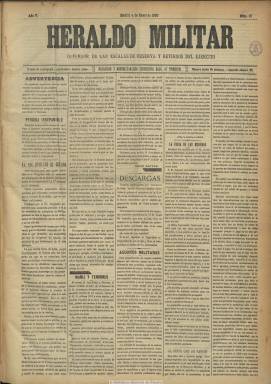
Título: El Heraldo militar (Madrid)
Colección: Fuerzas armadas || Periódicos
Ámbito geográfico: Madrid
Lugar de publicación: Madrid
Fechas: 04/01/1900-21/12/1918

Continuador de El reservista (1892-1896), como “defensor de las escalas de reserva y retirados del Ejército”, forma parte de la prensa española con un doble carácter, por un lado valedor de los intereses corporativistas de la milicia y, por otro, político, que se desarrolla de forma muy controvertida durante la Restauración y que será suprimida definitivamente en 1932 tras los decretos de Manuel Azaña como ministro de la Guerra. En este caso se trata de una publicación en formato periódico, compuesto a cinco columnas y con números de cuatro páginas, que aparecerá dos veces a la semana, después quince veces al mes y que se convertirá en “diario independiente” a partir del dos de noviembre de 1900.

Con la misma estructura que su antecesor, a lo largo de su existencia dará cabida a artículos de opinión, especialmente sobre la situación profesional de las clases a las que defiende, pero también de carácter político, sobre todo en lo que se refiere a las distintas reformas militares que son dictadas a través del ministerio de la Guerra. Ofrece asimismo noticias, prestando atención a los conflictos bélicos y, en particular, a los concernientes al colonialismo español, así como a los tumultos y sucesos de orden público derivados de la lucha del movimiento obrero. También inserta en sus páginas información y crónicas parlamentarias, sobre espectáculos teatrales, y más tarde sobre deportes, como la hípica, o las cotizaciones bursátiles. También dará cuenta del movimiento del personal, nombramientos, fallecimientos, pagas y emolumentos y de la estructura organizativa castrense, así como de la Asociación de las Escalas de Reserva del Ejército. En sus últimas páginas incluirá un folletín literario, que a veces es alguna crónica o relato del frente de batalla del ejército español en las guerras coloniales, y, al final, publicidad comercial. Mantiene secciones que ya tenía El reservista, como la titulada Descargas, así como abundante correspondencia con sus suscriptores. También estampará algunos retratos y fotograbados.

La colección de la Biblioteca Nacional de España (BNE) comienza el cuatro de enero de 1900, cuando su cabecera ya ha perdido el artículo y su director es Manuel Pérez Hernández [Véase nota al pie], que ese mismo año será sustituido por quien venía siendo su redactor-jefe, Ángel Murciano Romero, que había sido director del Colegio Colón, como preparador para el ingreso en la Academia General Militar. Sus administradores serán el capitán Juan Mateos y Manuel Pérez Hernández [Véase nota al pie], habiendo sido este director del periódico El sargento español. Entre sus redactores y colaboradores estuvieron José Muñiz de Quevedo, que ya lo había sido de El reservista, así como José de Siles (1856-1911), Manuel Suárez García (hasta 1903), José Larrea y Clemente C. Toral, advirtiéndose que, como la restante prensa militar-política, muchos de sus textos serán firmados con seudónimo.

Desde septiembre de 1913 el periódico pasará a pertenecer a una nueva empresa, que nombrará director  a Domingo Álvarez, que había sido anteriormente director del diario Ejército y Armada (1905-1932) y que era considerado un prestigioso periodista de este género de prensa. Y a partir de aquí Heraldo Militar será un “diario independiente de la tarde”, aumentando su carácter noticioso y separando su información militar de la política.

Se ha dicho de este periódico que fue uno de los más moderados de su género, con una tendencia a evitar cualquier tipo de enfrentamiento político. Se declaró “defensor de los que padecen persecución de los egoísmos” y de los “desheredados”, en referencia a las clases militares de las que se consideraba portavoz, pero no reparó en tener como punto de mira de sus más acérrimas críticas los sucesos del movimiento obrero. A lo largo de su existencia fue moderando aún más su ideología política y fue también defensor de la inserción de los militares en la vida civil, así como de la implantación del servicio militar obligatorio, definiéndolo como un ejército del “pueblo” complemento del “profesional”. En sus páginas se llegará a elogiar a un político regeneracionista como José Canalejas (1854-1912), líder del partido liberal progresista y democrático.

La colección de la BNE, de la que faltan los años 1902-1909, acaba el 21 de diciembre de 1918, cuando su periodicidad es trisemanal, desconociéndose si duró mucho más.

---

Con fecha 15/10/2024 se informa de la posible atribución errónea a Manuel Pérez Hernández de la dirección del Heraldo Militar. En el número de 20/5/1900 se cita como director a "Manuel Pérez y Fernández", y en el número de 11/6/1910 se menciona a "Manuel Pérez Fernández" como administrador y copropietario de esta cabecera.

Probablemente la confusión viene de la referencia a Manuel Pérez Hernández como administrador del Heraldo Militar y director del periódico El Sargento Español, que aparece en diversas noticias publicadas el 11 y el 12 de diciembre de 1907 sobre la detención de varios sargentos en relación a una posible conspiración. Véase las cabeceras La Fraternidad (Madrid. 1906), La Prensa (Madrid. 1907), El Universo (Madrid), España nueva (Madrid. 1906) o El Heraldo de Madrid, que informaron en esas fechas sobre el mencionado episodio, así como la revista argentina Caras y caretas (11 de enero de 1908), en cuya página 18 aparece una fotografía de Pérez Hernández.

[Descripción modificada el 16/10/2024]